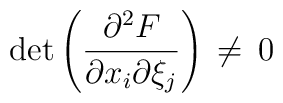
\det\left({\partial\sp2 F\over \partial x_i\partial \xi_j}\right)\,\ne\,0